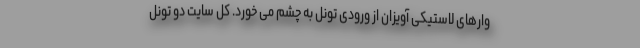
وارهای لاستیکی آویزان از ورودی تونل به چشم می خورد. کل سایت دو تونل